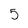
Character: 5